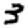
Digit: 3